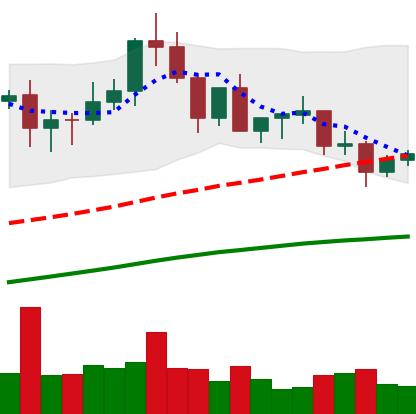
Ticker: XLM-USD
Chart end date: 2020-08-29
Forward return: -17.873%
Label: down_7plus